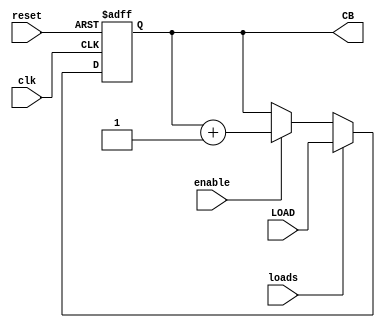
//LABORATORIO 8
//ELECTRONICA DIGITAL I
//GABRIEL ALEXANDER FONG PENAGOS 19722

//MODULO CONTADOR
module contador(input wire clk, reset,enable,loads,
                input wire [11:0]LOAD,
                output reg[11:0]CB);

  always @ (posedge clk, posedge reset ) begin //REALIZAMOS UN ALWAYS PARA QUE SE EJECUTE EN TODOO MOMENTO Y CAMBIE EN EL FLANCO DE RELOJ
  if (reset) begin //RESETEA EL VALOR EN 0 LOS 12 BITS
    CB <= 12'b0;
  end
  else if (loads)begin //SI EL LOAD ES 1 COLOCAR EN LA SALIDA EL VALOR PRE-COLOCADO
  CB <= LOAD;
end
else //SI ENABLE ES 1 SUMA 1 EN CADA FLANCO DE RELOJ, SI NO NO SUMA
  if (enable) begin
  CB <= CB + 1;
  end
end
endmodule

//Modulo de lectura de datos de la ROM de 4k X 8
module ROM (input wire [11:0]Addres, // DIRECCION DE 12 BITS
  output wire [7:0]DATO); //TAMAO DEL DATO DE 8 BITS

  reg [7:0] MEM[0:4095]; //MEM ES DE TAMAO DE 2^12 = 4096 Y CREA EL ARREGLO PARA NUESTROS DATOS
  initial begin         //INICIAMOS LA LECTURA DE NUESTRA LISTA
    $readmemb("Lista.list", MEM);//LEEMOS LOS VALORES DE LA LISTA EN BINARIO
  end
  assign DATO = MEM[Addres]; //LE ASIGANMOS EL VALOR DE MEM EN LA DIRECCION INGRESADA
endmodule // ROM

//MODULO DE ALU DE SALIDA DE 4 BITS
module ALUU(input wire [3:0]A,B,
            input wire [2:0]SEL,
            output reg [3:0]Sal);


  always @ (A,B,SEL) begin //SIEMPRE QUE OCURRA UN CAMBIO EN A B O SEL REALIZARLO EN EL MOMENTO
    case (SEL)            //EL SEL SELECCIONA EL CASE QUE TIENE 8 POSIBLES CASOS DIFERENTES
        3'b000: Sal <= A & B ; //FUNCION  A AND B
        3'b001: Sal <= A | B ; //FUNCION A OR B
        3'b010: Sal <= A + B ; //FUNCION A ADD B
        3'b011: Sal <= Sal ; //,COLOCAMOS TODOO el MISMO VALOR DE ANTES
        3'b100: Sal <= A & (~B) ;//FUNCION A AND ~B
        3'b101: Sal <= A | (~B) ;//FUNCION A OR ~B
        3'b110: Sal <= A - B ;//FUNCION A LESS B
        3'b111: Sal <= (A < B) ? 1:0 ;//FUNCION STL. REALIZA UNA COMPARACION ENTRE A Y B, SI A > B COLOCA 0000, SI A < B COLOCA 0001
      default: Sal <= 4'b0000 ;//POR DEFAULT QUE COLOQUE TODP EN 0
    endcase
  end
endmodule